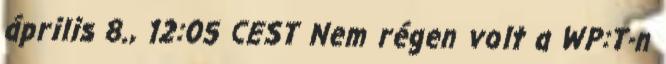
április 8., 12:05 CEST Nem régen volt a WP:T-n